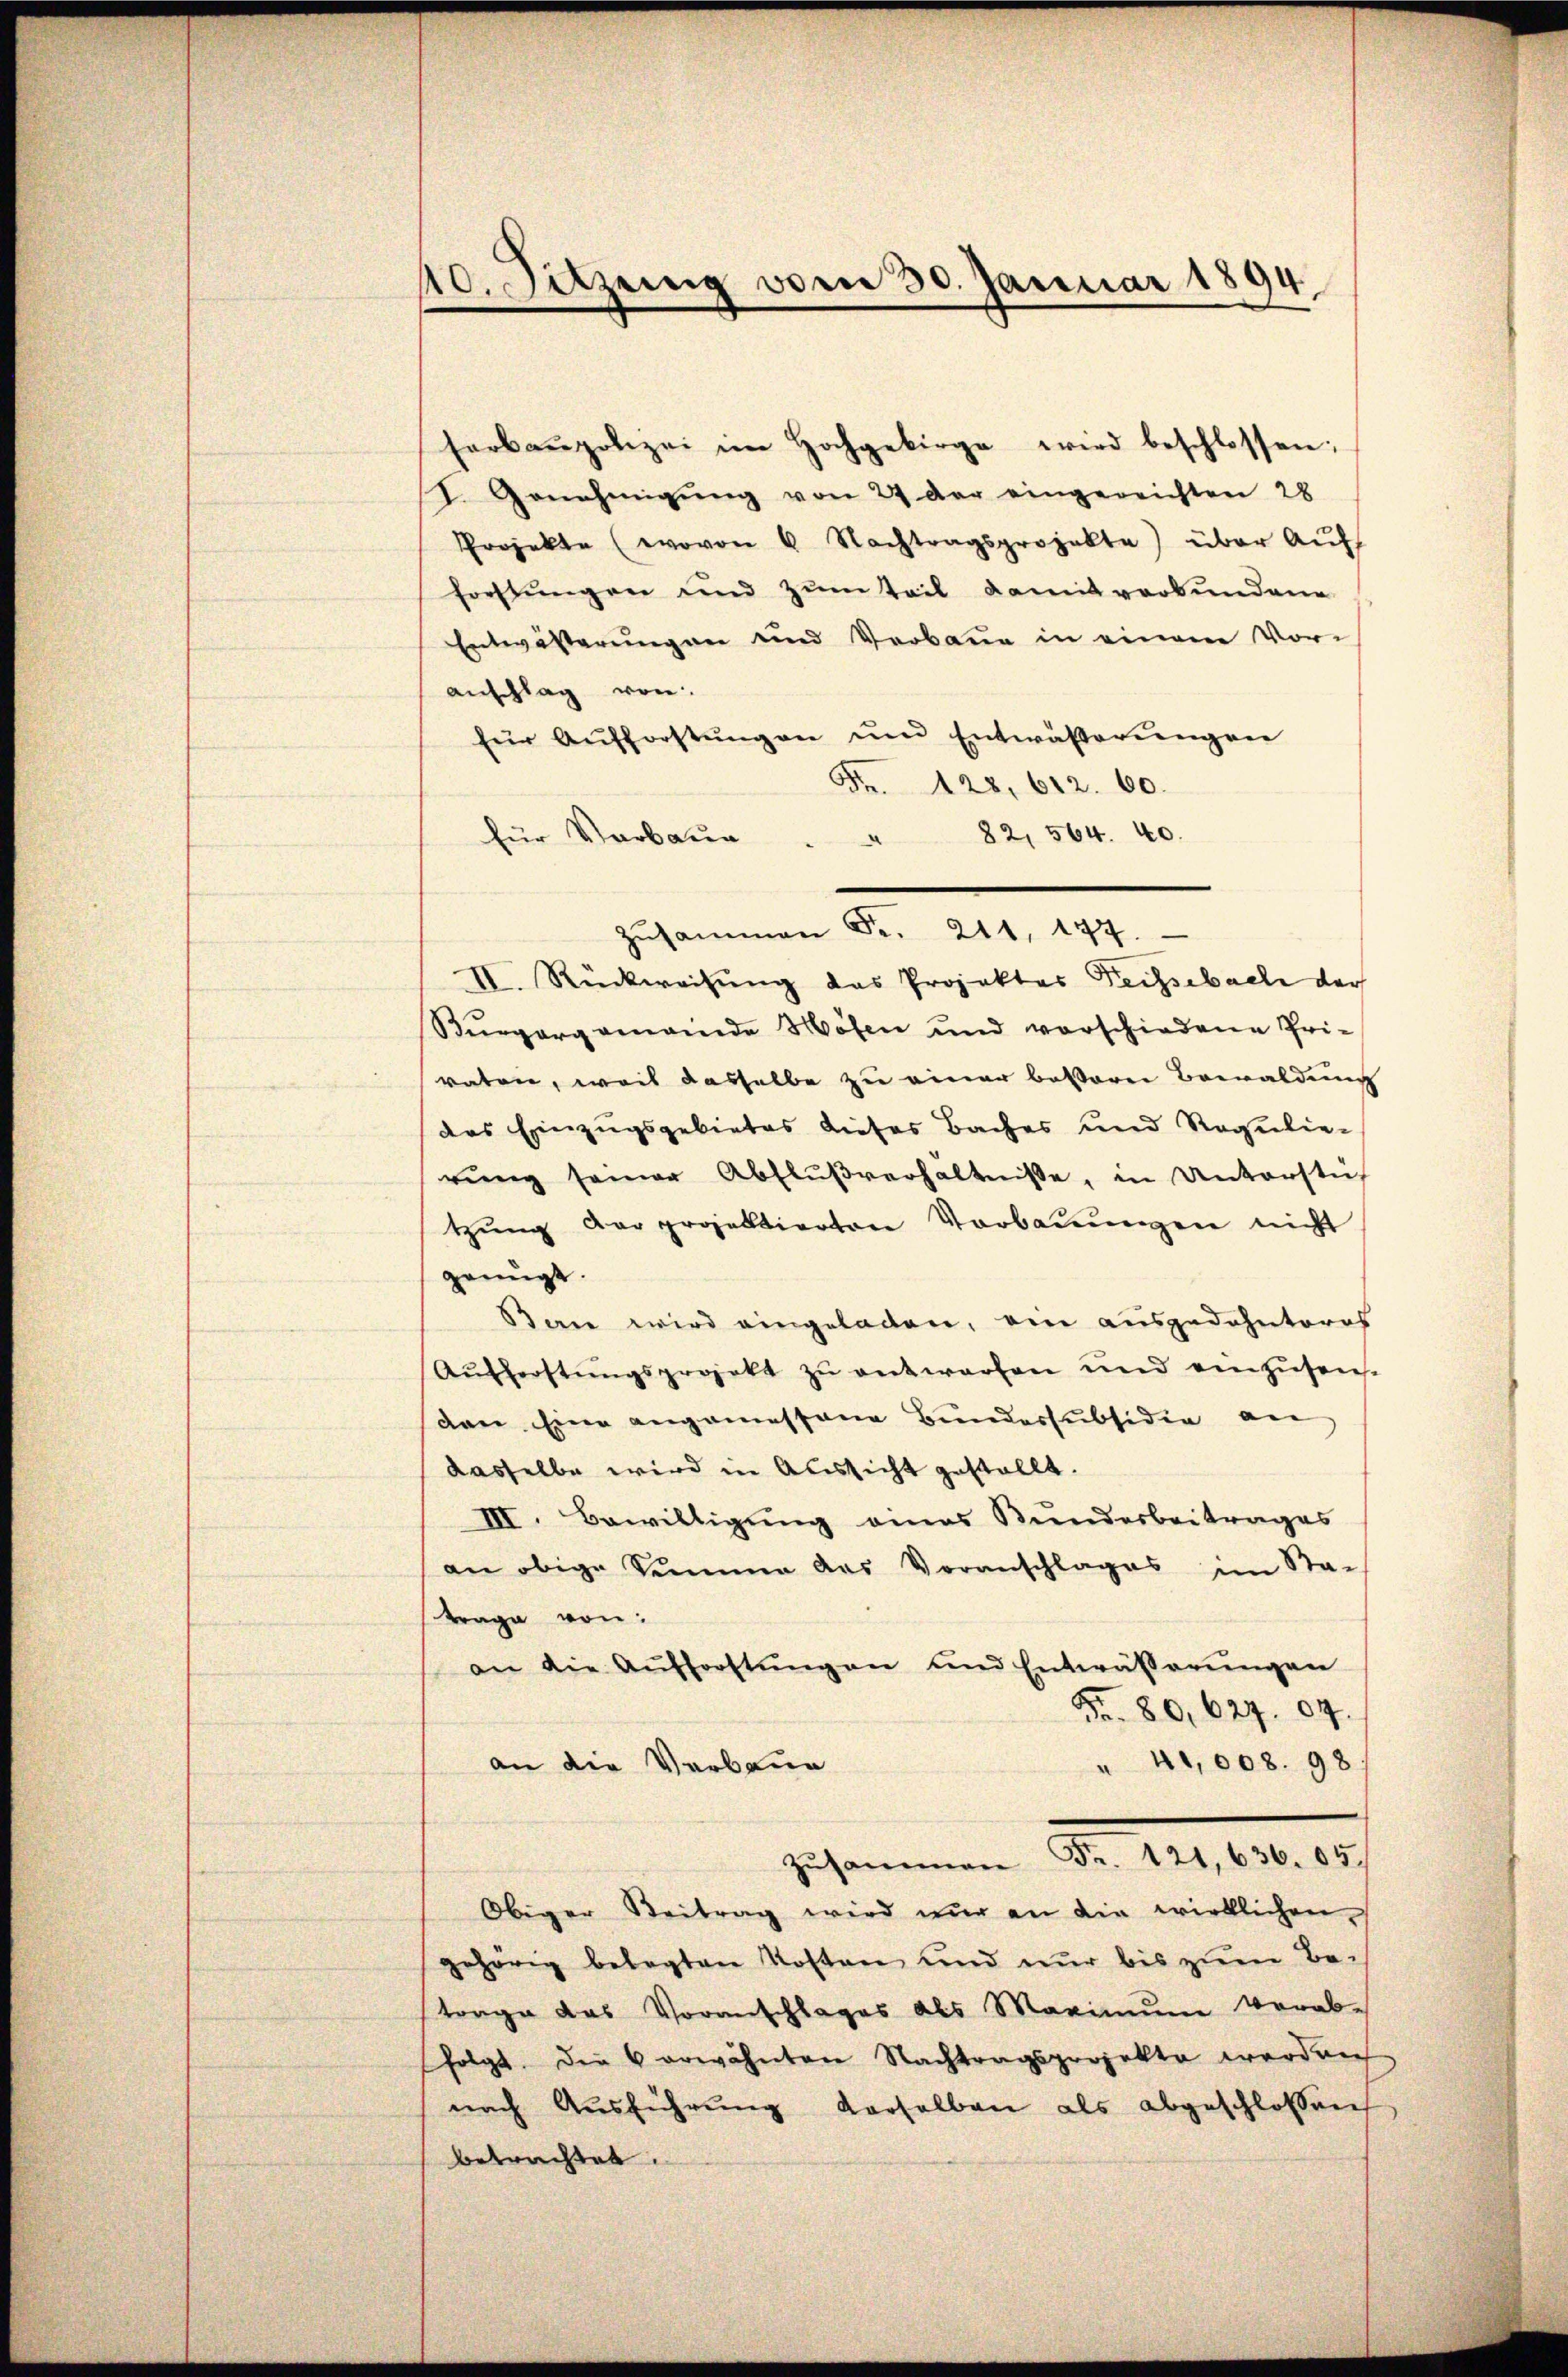
10. Sitzŭng vom 30. Januar 1894.

herbaupolizei im Hochgebirge wird beschlossen:
I. Genehmigŭng von 24 der eingereichten 28
Projekte (wovon 6 Nachtragsprojekte) über Aŭf-
forstŭngen und zŭm Teil damit verbundene
Entwästerungen und Verbaue in einem Vor-
anschlag von
für Aŭfforstŭngen und Entwäβerŭngen
Fr. 128. 612. 60.
für Verbaŭe " " 82, 564. 40.
IV. Rückweisŭng das Projektes Teigsebach der
Bürgergemeinde Höfen und verschiedene Pri-
raten, weil dasselbe zu einer besserer Bewaldung
das Einzugsgebietes dieses Baches und Regulie-
rŭng seiner Abflŭβverhältnisse, in Unterstüt
tzŭng der proselbierten Vorbaŭŭngen nicht
geengt.
Ban wird eingeladen, ein ausgedehnteres
Aŭfferstŭngsprojekt zŭ entworfen und einzusens-
ven Eine angemessene Bundessubsidia an
dasselbe wird in Aussicht gestallt.
III. Bewilligung eines Bundesbeitrages
an obige Summe des Voranschlages im Sta-
trage von:
an die Aufforstŭngen und Entwässerŭngen
Fr. 80, 627. 89.
" 41,008. 98
an die Verbaue
Zusammen Fr. 121, 636. 85.
Obiger Beitrag wird nur an die wirklichen
gehörig belegten Kosten und nur bis zum Be-
trage das Voranschlages als Maximum verab-
folgt. Den 6 erwähnten Nachtragsprojekte werden
nach Ausführung derselben als abgeschlossen.
betrachtet.

Zŭsammen Fr. 211. 177.